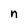
Character: n